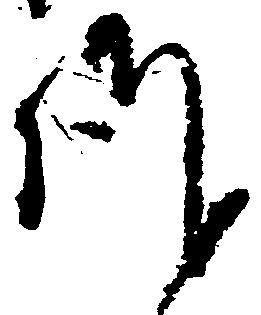
謹